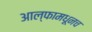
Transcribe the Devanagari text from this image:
आल्फामधूनच